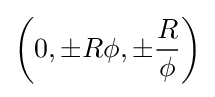
\left(0,\pm R\phi ,\pm {\frac {R}{\phi }}\right)